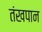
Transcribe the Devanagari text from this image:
तंखपान